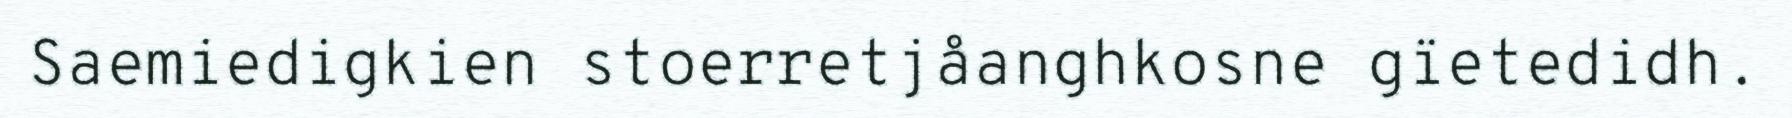
Saemiedigkien stoerretjåanghkosne gïetedidh.